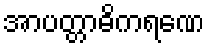
အာပတ္တာဓိကရဏေ